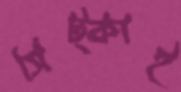
সিট্‌কাই